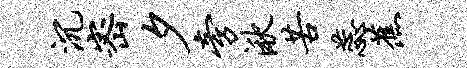
沉密夕旁湫苦蕊蕉